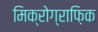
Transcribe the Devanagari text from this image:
मिक्रोग्राफ़िक